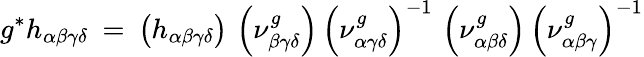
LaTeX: g^{*}h_{\alpha\beta\gamma\delta}\: =\: \left(h_{\alpha\beta\gamma\delta}\right)\, \left(\nu_{\beta\gamma\delta}^{g}\right)\, \left(\nu_{\alpha\gamma\delta}^{g}\right)^{-1}\, \left(\nu_{\alpha\beta\delta}^{g}\right)\, \left(\nu_{\alpha\beta\gamma}^{g}\right)^{-1}